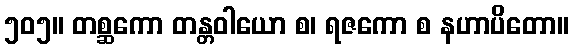
၅၀၅။ တစ္ဆကော တန္တဝါယော စ၊ ရဇကော စ နဟာပိတော။